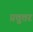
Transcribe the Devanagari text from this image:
प्रत्तुत्तर